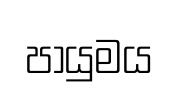
පායුමය